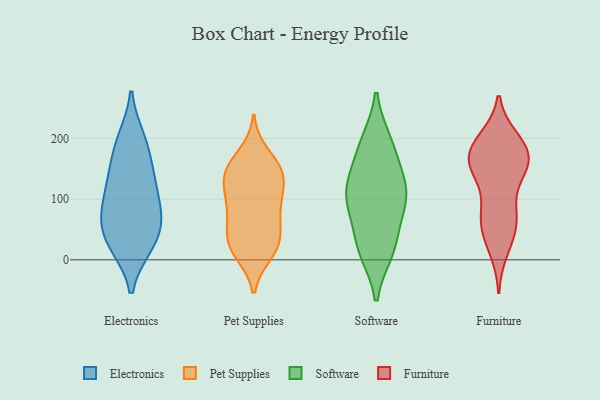
{"axis": {"x": "Humidity (%)", "y": "Value"}, "legend": ["Electronics", "Furniture", "Pet Supplies", "Software"], "data": [{"x": "", "y": 200, "type": "Electronics"}, {"x": "", "y": 141, "type": "Electronics"}, {"x": "", "y": 167, "type": "Electronics"}, {"x": "", "y": 23, "type": "Electronics"}, {"x": "", "y": 122, "type": "Electronics"}, {"x": "", "y": 78, "type": "Electronics"}, {"x": "", "y": 55, "type": "Electronics"}, {"x": "", "y": 23, "type": "Electronics"}, {"x": "", "y": 68, "type": "Electronics"}, {"x": "", "y": 92, "type": "Electronics"}, {"x": "", "y": 67, "type": "Electronics"}, {"x": "", "y": 23, "type": "Electronics"}, {"x": "", "y": 198, "type": "Electronics"}, {"x": "", "y": 130, "type": "Electronics"}, {"x": "", "y": 83, "type": "Pet Supplies"}, {"x": "", "y": 145, "type": "Pet Supplies"}, {"x": "", "y": 52, "type": "Pet Supplies"}, {"x": "", "y": 31, "type": "Pet Supplies"}, {"x": "", "y": 156, "type": "Pet Supplies"}, {"x": "", "y": 94, "type": "Pet Supplies"}, {"x": "", "y": 109, "type": "Pet Supplies"}, {"x": "", "y": 87, "type": "Pet Supplies"}, {"x": "", "y": 11, "type": "Pet Supplies"}, {"x": "", "y": 149, "type": "Pet Supplies"}, {"x": "", "y": 123, "type": "Pet Supplies"}, {"x": "", "y": 139, "type": "Pet Supplies"}, {"x": "", "y": 174, "type": "Pet Supplies"}, {"x": "", "y": 30, "type": "Pet Supplies"}, {"x": "", "y": 57, "type": "Pet Supplies"}, {"x": "", "y": 139, "type": "Pet Supplies"}, {"x": "", "y": 22, "type": "Pet Supplies"}, {"x": "", "y": 13, "type": "Pet Supplies"}, {"x": "", "y": 14, "type": "Software"}, {"x": "", "y": 92, "type": "Software"}, {"x": "", "y": 19, "type": "Software"}, {"x": "", "y": 114, "type": "Software"}, {"x": "", "y": 71, "type": "Software"}, {"x": "", "y": 163, "type": "Software"}, {"x": "", "y": 194, "type": "Software"}, {"x": "", "y": 125, "type": "Software"}, {"x": "", "y": 193, "type": "Software"}, {"x": "", "y": 23, "type": "Software"}, {"x": "", "y": 118, "type": "Software"}, {"x": "", "y": 101, "type": "Software"}, {"x": "", "y": 157, "type": "Furniture"}, {"x": "", "y": 180, "type": "Furniture"}, {"x": "", "y": 192, "type": "Furniture"}, {"x": "", "y": 199, "type": "Furniture"}, {"x": "", "y": 159, "type": "Furniture"}, {"x": "", "y": 68, "type": "Furniture"}, {"x": "", "y": 158, "type": "Furniture"}, {"x": "", "y": 198, "type": "Furniture"}, {"x": "", "y": 176, "type": "Furniture"}, {"x": "", "y": 78, "type": "Furniture"}, {"x": "", "y": 30, "type": "Furniture"}, {"x": "", "y": 143, "type": "Furniture"}, {"x": "", "y": 64, "type": "Furniture"}, {"x": "", "y": 154, "type": "Furniture"}, {"x": "", "y": 133, "type": "Furniture"}, {"x": "", "y": 79, "type": "Furniture"}, {"x": "", "y": 53, "type": "Furniture"}, {"x": "", "y": 174, "type": "Furniture"}, {"x": "", "y": 16, "type": "Furniture"}]}